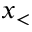
x _ { < }